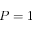
P = 1